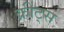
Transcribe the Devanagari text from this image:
क्रीट्स